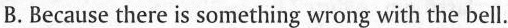
B.Because there is something wrong with the bell.